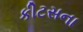
કીટસના